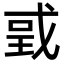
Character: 戜